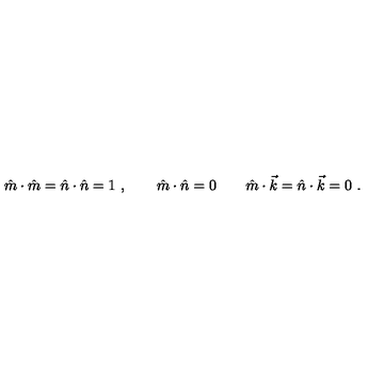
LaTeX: \hat { m } \cdot \hat { m } = \hat { n } \cdot \hat { n } = 1 \ , \qquad \hat { m } \cdot \hat { n } = 0 \qquad \hat { m } \cdot \vec { k } = \hat { n } \cdot \vec { k } = 0 \ .